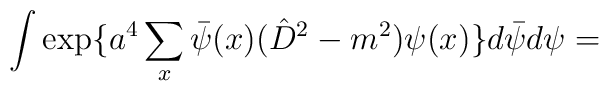
\int \exp \{a^4\sum_x \bar{ \psi}(x)( \hat{D}^2-m^2) \psi(x) \}d \bar{\psi}d \psi =